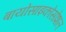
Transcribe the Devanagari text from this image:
बायोसाइकोसोशल